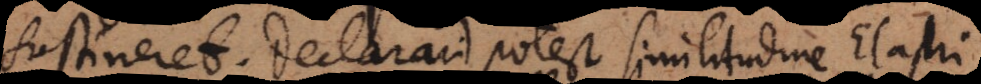
sustineret. Declarari potest similitudine Elastri